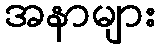
အနာများ